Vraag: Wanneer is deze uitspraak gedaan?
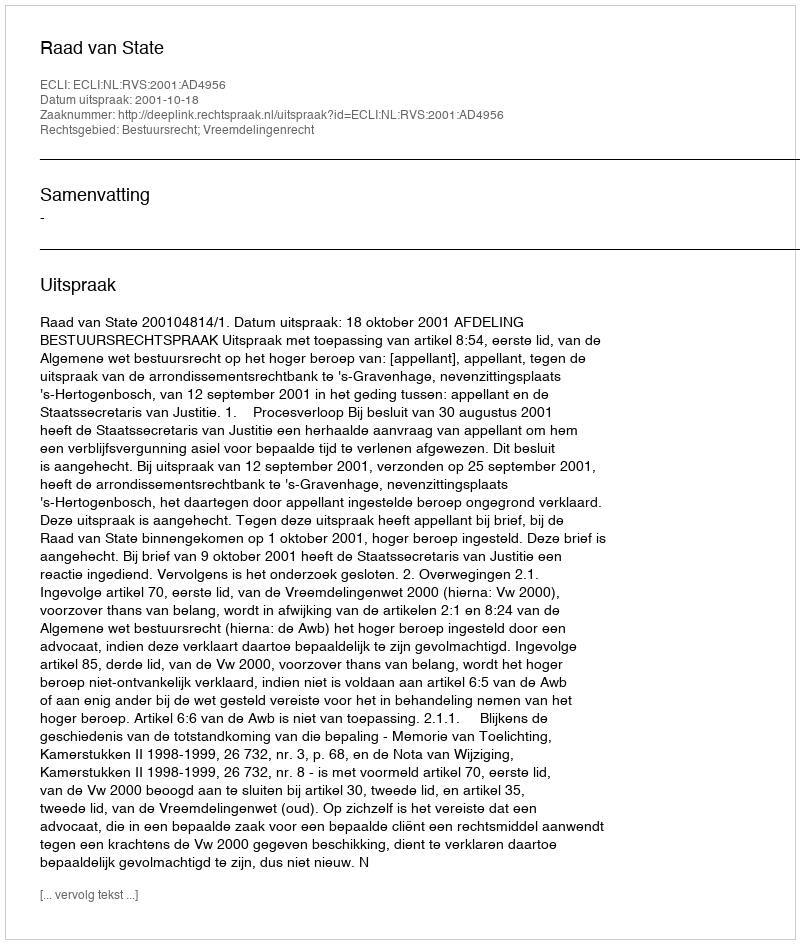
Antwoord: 2001-10-18